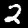
Digit: 2